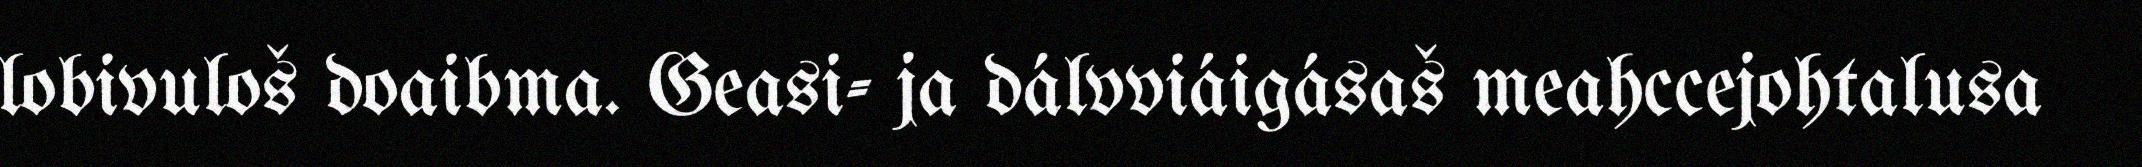
lobivuloš doaibma. Geasi- ja dálvviáigásaš meahccejohtalusa